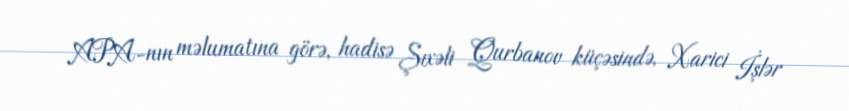
APA-nın məlumatına görə, hadisə Şıxəli Qurbanov küçəsində, Xarici İşlər